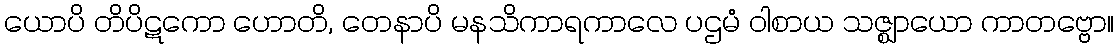
ယောပိ တိပိဋကော ဟောတိ, တေနာပိ မနသိကာရကာလေ ပဌမံ ဝါစာယ သဇ္ဈာယော ကာတဗ္ဗော။